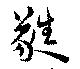
蕤